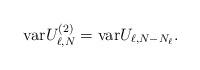
LaTeX: \begin{align*} \mbox{var}U^{(2)}_{\ell,N}=\mbox{var}U_{\ell,N-N_\ell}. \end{align*}